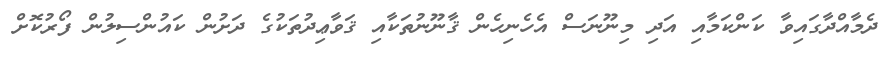
ދެމާއްދާގައިވާ ކަންކަމާއި އަދި މިނޫނަސް އެހެނިހެން ޤާނޫނުތަކާއި ޤަވާޢިދުތަކުގެ ދަށުން ކައުންސިލުން ފޯރުކޮށް